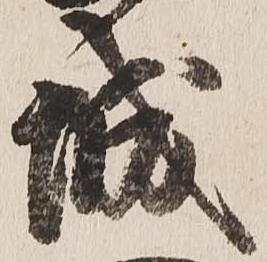
城